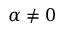
\alpha \neq 0